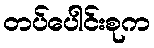
တပ်ပေါင်းစုက